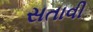
સતાવી